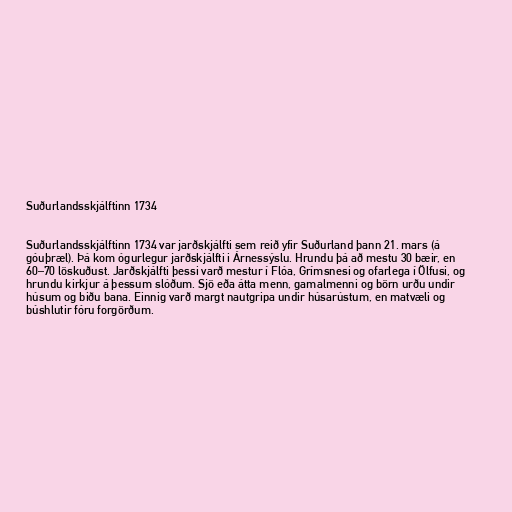
Suðurlandsskjálftinn 1734

Suðurlandsskjálftinn 1734 var jarðskjálfti sem reið yfir Suðurland þann 21. mars (á
góuþræl). Þá kom ógurlegur jarðskjálfti i Árnessýslu. Hrundu þá að mestu 30 bæir, en
60–70 löskuðust. Jarðskjálfti þessi varð mestur í Flóa, Grímsnesi og ofarlega í Ölfusi, og
hrundu kirkjur á þessum slóðum. Sjö eða átta menn, gamalmenni og börn urðu undir
húsum og biðu bana. Einnig varð margt nautgripa undir húsarústum, en matvæli og
búshlutir fóru forgörðum.